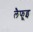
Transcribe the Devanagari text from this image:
लैफूइ